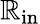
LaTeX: \mathbb{R}_{\mathrm{{in}}}